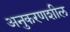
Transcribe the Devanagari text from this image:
अनुकरणशील